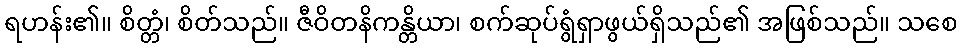
ရဟန်း၏။ စိတ္တံ၊ စိတ်သည်။ ဇီဝိတနိကန္တိယာ၊ စက်ဆုပ်ရွံရှာဖွယ်ရှိသည်၏ အဖြစ်သည်။ သစေ